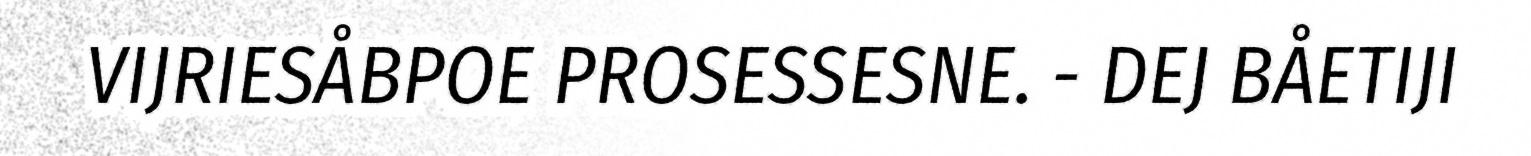
VIJRIESÅBPOE PROSESSESNE. - DEJ BÅETIJI